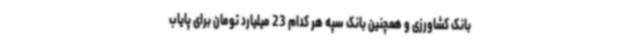
بانک کشاورزی و همچنین بانک سپه هر کدام 23 میلیارد تومان برای پایاب